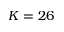
K = 2 6